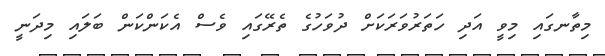
މިތާނގައި މިވީ އަދި ހަތަރުވަރަކަށް ދުވަހުގެ ތެރޭގައި ވެސް އެކަންކަން ބަލައި މިދަނީ